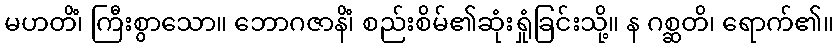
မဟတိံ၊ ကြီးစွာသော။ ဘောဂဇာနိံ၊ စည်းစိမ်၏ဆုံးရှုံခြင်းသို့။ န ဂစ္ဆတိ၊ ရောက်၏။